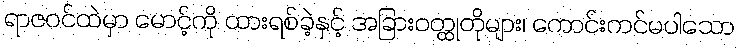
ရာဇဝင်ထဲမှာ မောင့်ကို ထားရစ်ခဲ့နှင့် အခြားဝတ္ထုတိုများ၊ ကောင်းကင်မပါသော